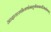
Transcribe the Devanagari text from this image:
आदायास्थीन्यथोमातुर्गंगामार्गस्थितोभवत्